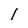
Character: l